Rangoon Lunatic Asylum 1898-1906 - 1898-1906
Year: 1898
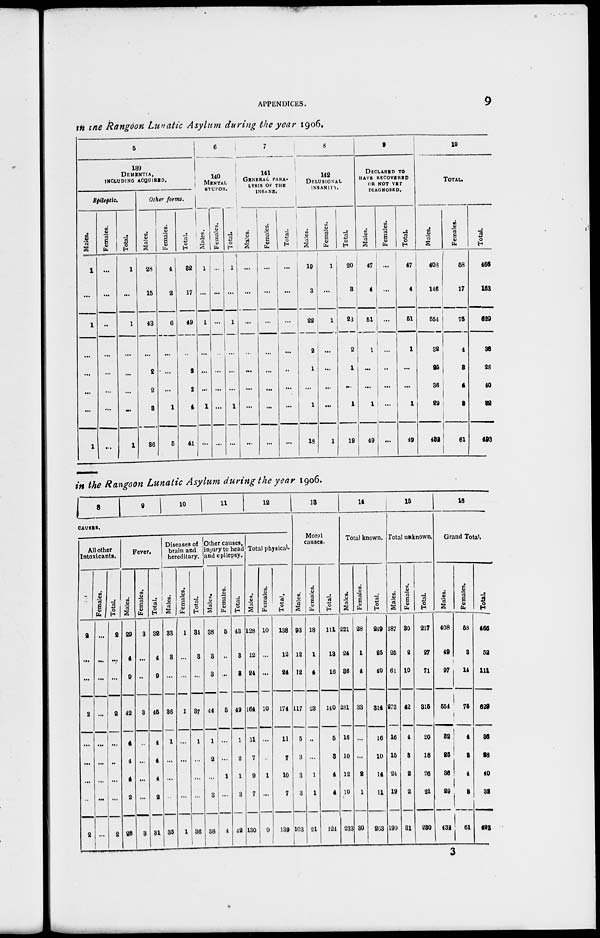
APPENDICES.
9
in the Rangoon Lunatic Asylum during the year 1906.
5
139
DEMENTIA,
INCLUDING ACQUIRED.
Epileptic.
Males.
1
...
1
...
...
...
...
1
Females.
...
...
...
...
...
...
...
...
Total.
1
...
1
...
...
...
...
1
Other forms.
Males.
28
15
43
...
2
2
3
36
Females.
4
2
6
...
...
...
1
5
Total.
32
17
49
...
2
2
4
41
6
140
MENTAL
STUPOR.
Males.
1
...
1
...
...
...
1
...
Females.
...
...
...
...
...
...
...
...
Total.
1
...
1
...
...
...
1
...
7
141
GENERAL PARA-
LYSIS OF THE
INSANE.
Males.
...
...
...
...
...
...
...
...
Females.
...
...
...
...
...
...
...
...
Total.
...
...
...
...
...
...
...
...
8
142
DELUSIONAL
INSANITY.
Males.
19
3
22
2
1
...
1
18
Females.
1
...
1
...
...
...
...
1
Total.
20
3
23
2
1
...
1
19
9
DECLARED TO
HAVE RECOVERED
OR NOT YET
DIAGNOSED.
Males.
47
4
51
1
...
...
1
49
Females.
...
...
...
...
...
...
...
...
Total.
47
4
51
1
...
...
1
49
10
TOTAL.
Males.
408
146
554
32
25
36
29
432
Females.
68
17
75
4
3
4
3
61
Total.
466
163
629
36
28
40
32
493
in the Rangoon Lunatic Asylum during the year 1906.
8
9
10
11
12
CAUSES.
All other
Intoxicants.
Males.
9
...
...
2
...
...
...
...
2
Females.
...
...
...
...
...
...
...
...
...
Total.
9
...
...
2
...
..
...
...
2
Fever.
Males.
29
4
9
42
4
4
4
2
28
Females.
3
...
...
3
...
...
...
...
3
Total.
32
4
9
45
4
4
4
2
31
Diseases of
brain and
hereditary.
Males.
33
3
...
36
1
...
...
...
35
Females.
1
...
...
1
...
...
...
...
1
Total.
34
3
...
37
1
...
...
...
36
Other causes,
injury to head
and epilepsy.
Males.
38
3
3
44
1
2
...
3
38
Females.
5
...
...
5
...
...
1
...
4
Total.
43
3
3
49
1
2
1
3
42
Total physical.
Males.
128
12
24
164
11
7
9
7
130
Females.
10
...
...
10
...
...
1
...
9
Total.
138
12
24
174
11
7
10
7
139
13
Moral
causes.
Males.
93
12
12
117
5
3
3
3
103
Females.
18
1
4
23
...
...
1
1
21
Total.
111
13
16
140
5
3
4
4
124
14
Total known.
Males.
221
24
36
281
16
10
12
10
233
Females.
28
1
4
33
...
...
2
1
30
Total.
249
25
40
314
16
10
14
11
263
15
Total unknown.
Males.
187
25
61
273
16
15
24
19
199
Females.
30
2
10
42
4
3
2
2
31
Total.
217
27
71
315
20
18
26
21
230
16
Grand Total.
Males.
408
49
97
554
32
25
36
27
432
Females.
58
3
14
75
4
3
4
5
61
Total.
466
52
111
629
36
28
40
32
493
3